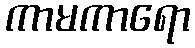
ကာမကာရော